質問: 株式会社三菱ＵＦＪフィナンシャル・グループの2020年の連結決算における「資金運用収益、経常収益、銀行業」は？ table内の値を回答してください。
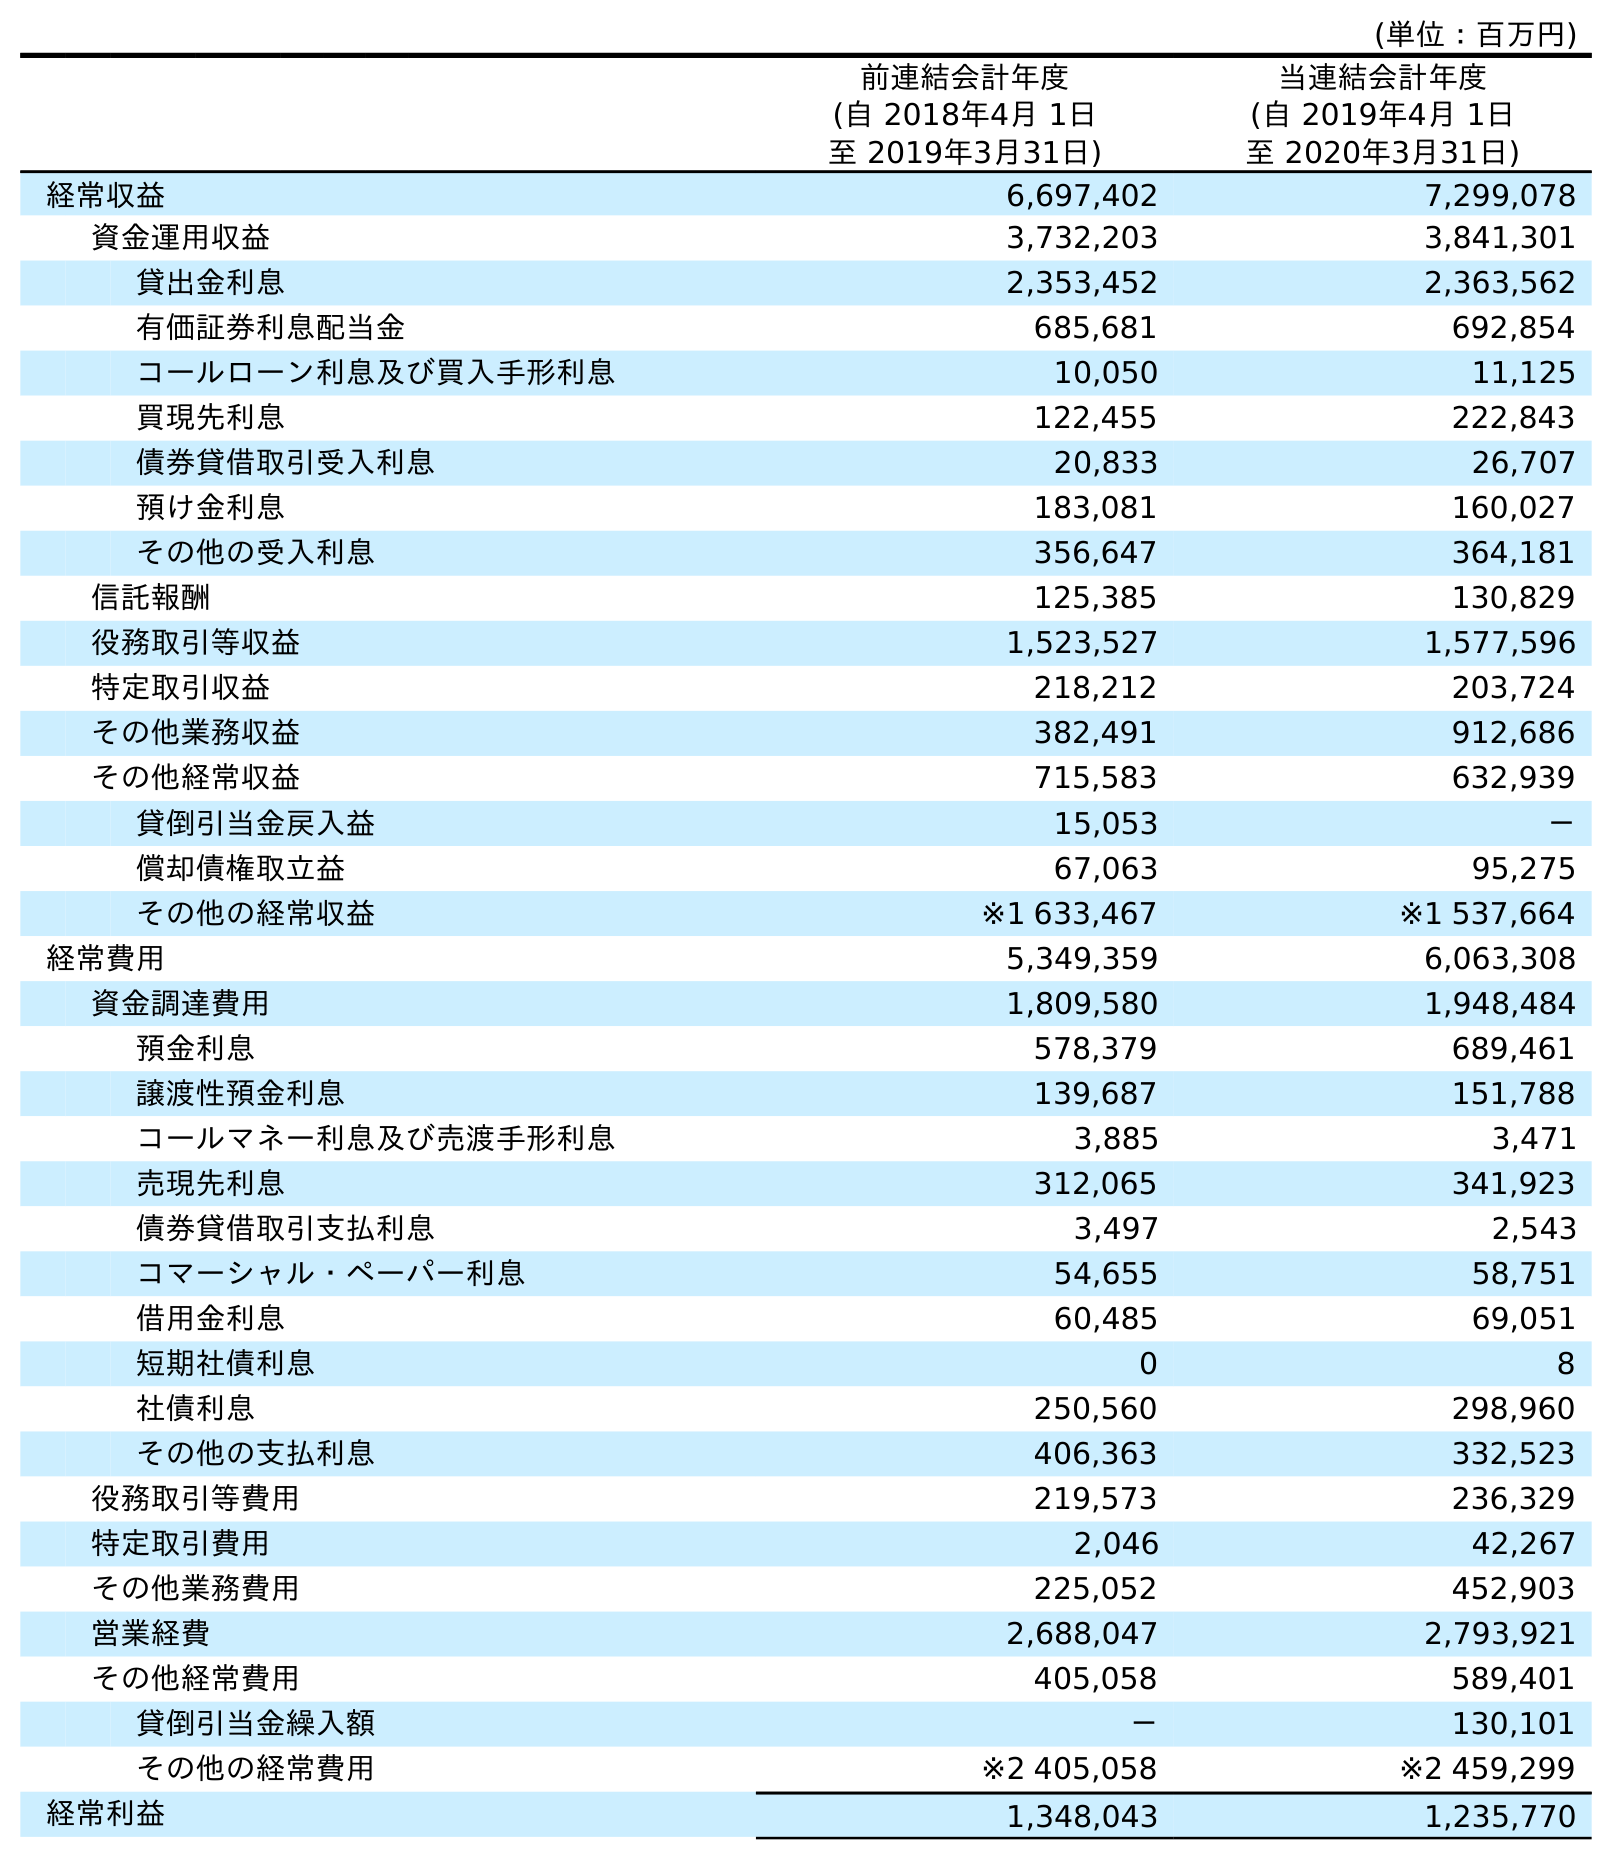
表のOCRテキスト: (単位：百万円) 前連結会計年度 (自 2018年4月 1日 至 2019年3月31日) 当連結会計年度 (自 2019年4月 1日 至 2020年3月31日) 経常収益 6,697,402 7,299,078 資金運用収益 3,732,203 3,841,301 貸出金利息 2,353,452 2,363,562 有価証券利息配当金 685,681 692,854 コールローン利息及び買入手形利息 10,050 11,125 買現先利息 122,455 222,843 債券貸借取引受入利息 20,833 26,707 預け金利息 183,081 160,027 その他の受入利息 356,647 364,181 信託報酬 125,385 130,829 役務取引等収益 1,523,527 1,577,596 特定取引収益 218,212 203,724 その他業務収益 382,491 912,686 その他経常収益 715,583 632,939 貸倒引当金戻入益 15,053 － 償却債権取立益 67,063 95,275 その他の経常収益 ※1 633,467 ※1 537,664 経常費用 5,349,359 6,063,308 資金調達費用 1,809,580 1,948,484 預金利息 578,379 689,461 譲渡性預金利息 139,687 151,788 コールマネー利息及び売渡手形利息 3,885 3,471 売現先利息 312,065 341,923 債券貸借取引支払利息 3,497 2,543 コマーシャル・ペーパー利息 54,655 58,751 借用金利息 60,485 69,051 短期社債利息 0 8 社債利息 250,560 298,960 その他の支払利息 406,363 332,523 役務取引等費用 219,573 236,329 特定取引費用 2,046 42,267 その他業務費用 225,052 452,903 営業経費 2,688,047 2,793,921 その他経常費用 405,058 589,401 貸倒引当金繰入額 － 130,101 その他の経常費用 ※2 405,058 ※2 459,299 経常利益 1,348,043 1,235,770
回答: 3,841,301